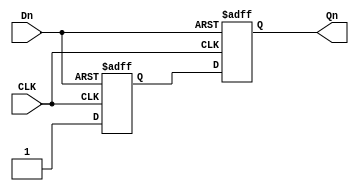
//-----------------------------------------------------------------------------
// Verilog 2001 (IEEE Std 1364-2001)
//-----------------------------------------------------------------------------
// Purpose: Two-Flip Flop Reset Synchronizer
//------------------------------------------------------------------------------
//
//------------------------------------------------------------------------------
module AhaResetSync (
  // Inputs
  input   wire  CLK,
  input   wire  Dn,
  // Outputs
  output  wire  Qn
);

  reg sync_q;
  reg sync_qq;
  always @(posedge CLK or negedge Dn) begin
    if(~Dn) begin
      sync_q   <= 1'b0;
      sync_qq  <= 1'b0;
    end else begin
      sync_q   <= 1'b1;
      sync_qq  <= sync_q;
    end
  end
  assign Qn  = sync_qq;

endmodule